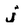
Character: j